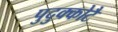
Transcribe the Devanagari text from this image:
पुदुक्कोटै